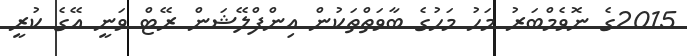
2015ގެ ނޮވެމްބަރު މަހު މަހުގެ ބާވަތްތަކުން އިންފްލޭޝަން ރޭޓް ވަނީ އޭގެ ކުރީ